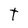
Character: t